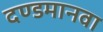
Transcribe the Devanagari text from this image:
दण्डमानवा